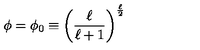
\phi = \phi _ { 0 } \equiv \left( \frac { \ell } { \ell + 1 } \right) ^ { \frac { \ell } { 2 } }